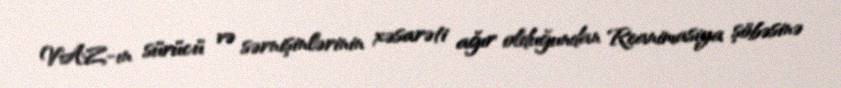
VAZ-ın sürücü və sərnişinlərinin xəsarəti ağır olduğundan Reanimasiya şöbəsinə